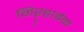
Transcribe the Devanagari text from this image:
गिऱ्हाईक